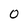
Character: 0